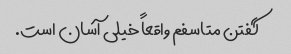
گفتن متاسفم واقعاً خیلی آسان است.